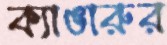
ক্যাঙারুর